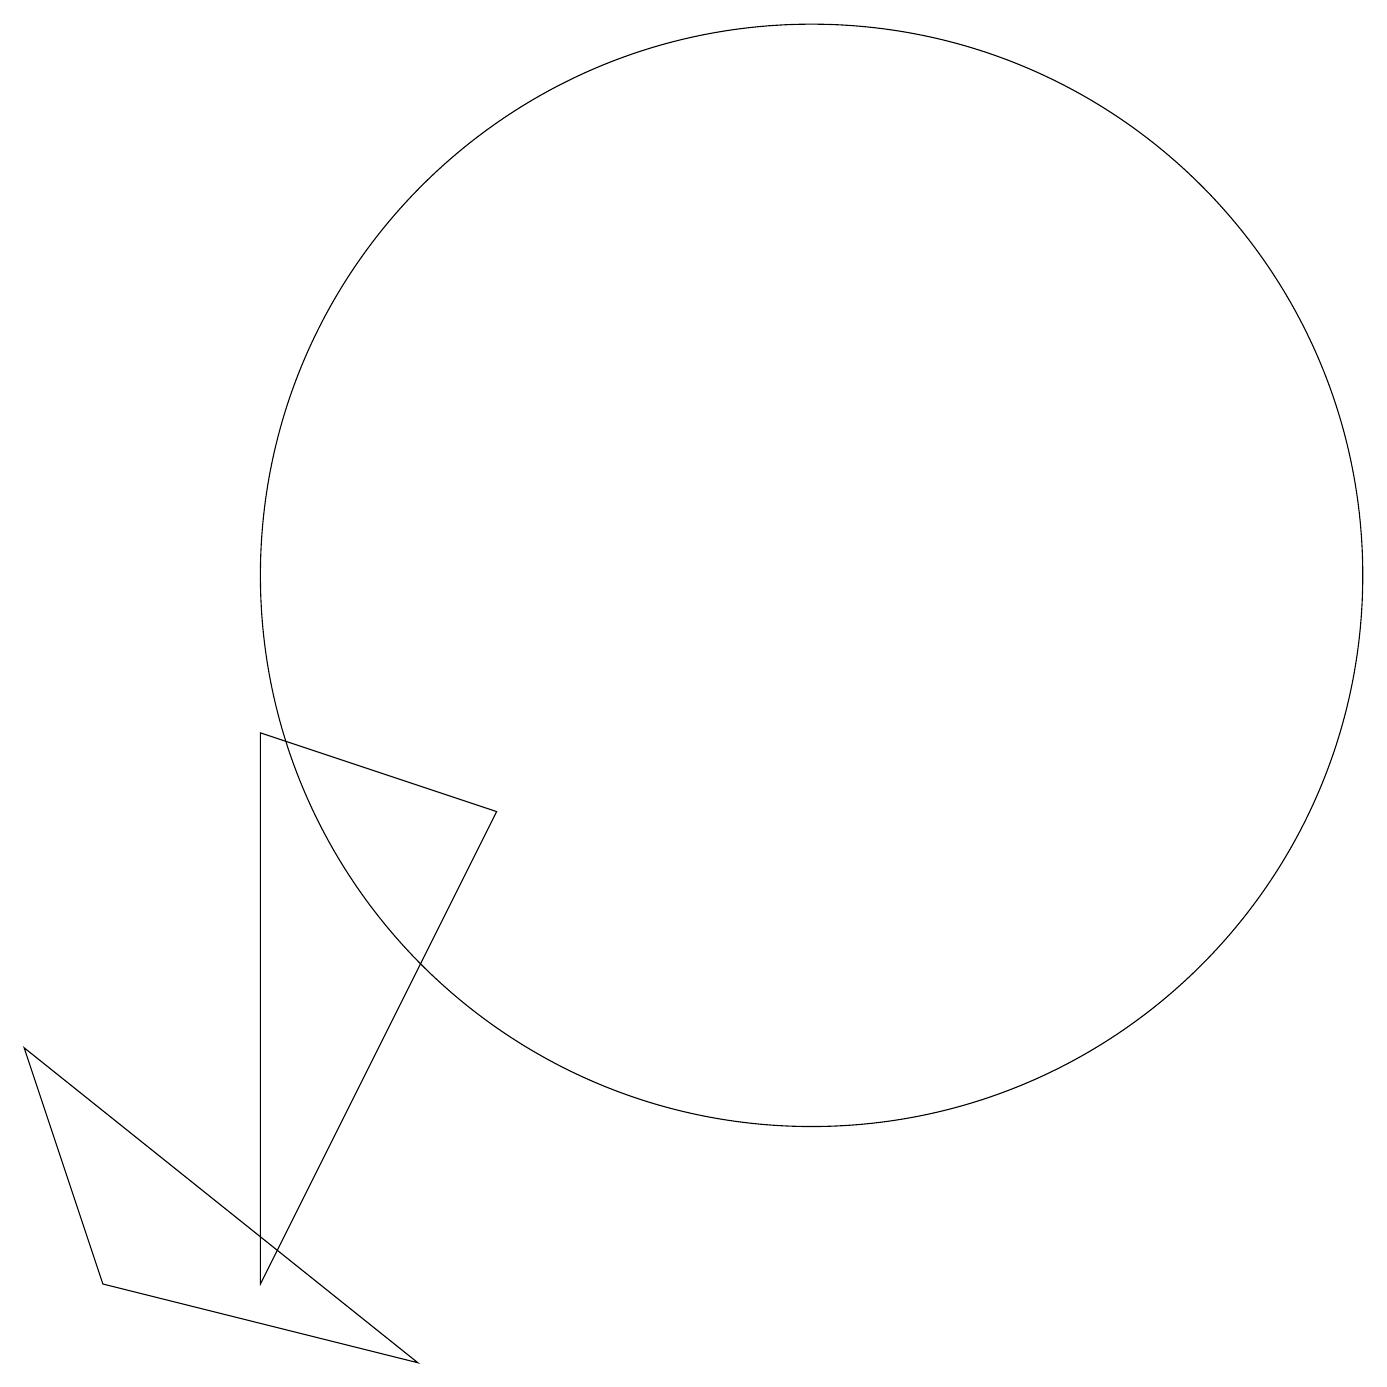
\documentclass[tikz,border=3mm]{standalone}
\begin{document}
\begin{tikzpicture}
\draw (10,10) circle (7);
\draw (3,8) -- (6,7) -- (3,1) -- cycle;
\draw (5,0) -- (1,1) -- (0,4) -- cycle;
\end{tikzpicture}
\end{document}